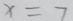
x = 7